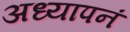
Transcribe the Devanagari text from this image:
अध्यापनं